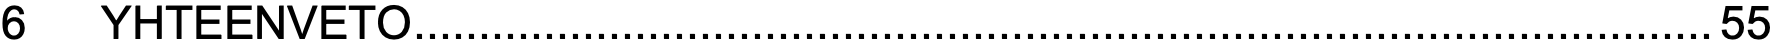
6  YHTEENVETO....................................................................................................55